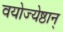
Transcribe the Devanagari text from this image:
वयोज्येष्ठान्‌